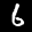
Label: 6